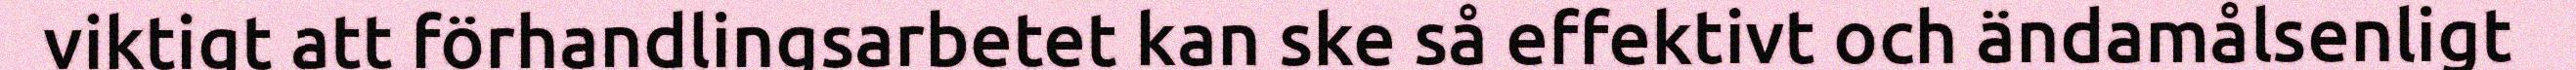
viktigt att förhandlingsarbetet kan ske så effektivt och ändamålsenligt